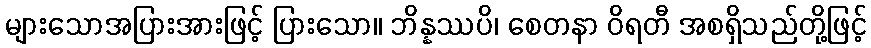
များသောအပြားအားဖြင့် ပြားသော။ ဘိန္နဿပိ၊ စေတနာ ဝိရတီ အစရှိသည်တို့ဖြင့်